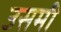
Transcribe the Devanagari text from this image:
उसमी